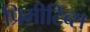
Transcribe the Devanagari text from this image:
प्रिमीटिव्स